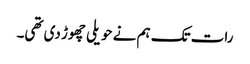
رات تک ہم نے حویلی چھوڑ دی تھی۔